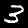
Label: 3